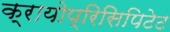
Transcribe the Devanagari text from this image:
क्रायोप्रिसिपिटेट